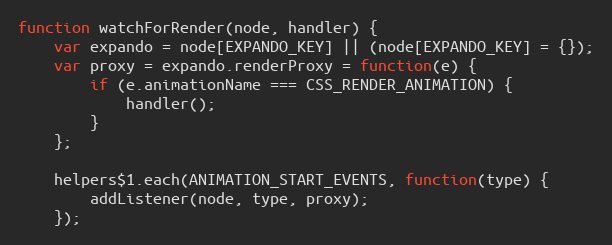
Language: JavaScript
function watchForRender(node, handler) {
	var expando = node[EXPANDO_KEY] || (node[EXPANDO_KEY] = {});
	var proxy = expando.renderProxy = function(e) {
		if (e.animationName === CSS_RENDER_ANIMATION) {
			handler();
		}
	};

	helpers$1.each(ANIMATION_START_EVENTS, function(type) {
		addListener(node, type, proxy);
	});